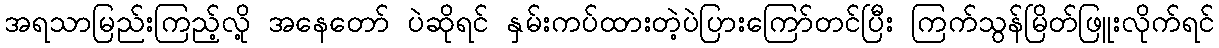
အရသာမြည်းကြည့်လို့ အနေတော် ပဲဆိုရင် နှမ်းကပ်ထားတဲ့ပဲပြားကြော်တင်ပြီး ကြက်သွန်မြိတ်ဖြူးလိုက်ရင်